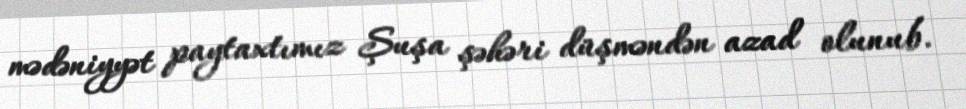
mədəniyyət paytaxtımız Şuşa şəhəri düşməndən azad olunub.